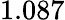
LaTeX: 1.087